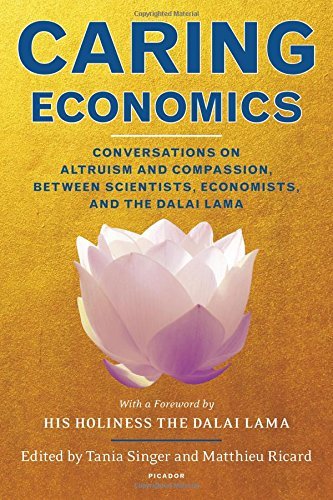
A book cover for Caring Economics: Conversations on Altruism and Compassion, Between Scientists, Economists, and the Dalai Lama; Tania Singer; Religion & Spirituality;